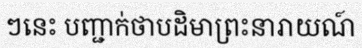
ៗនេះ បញ្ជាក់ថាបដិមាព្រះនារាយណ៍